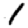
Digit: 1